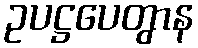
ဥပဋ္ဌပေတွာန